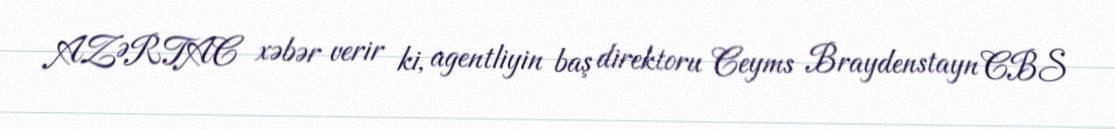
AZƏRTAC xəbər verir ki, agentliyin baş direktoru Ceyms Braydenstayn CBS